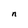
Character: n